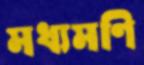
মধ্যমণি